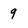
Character: 9